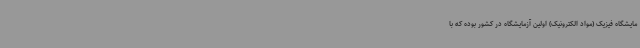
مایشگاه فیزیک (مواد الکترونیک) اولین آزمایشگاه در کشور بوده که با